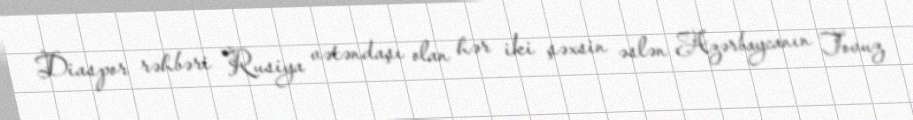
Diaspor rəhbəri Rusiya vətəndaşı olan hər iki şəxsin əslən Azərbaycanın Tovuz